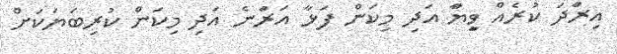
އިރަަާަަަދަ ކުރެއް ވިީޔަަާ އަދި މިކަން ފަޅާ އަރަާނެ އަދި މިކަން ކުރިބަޔަކަށް